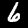
Digit: 6